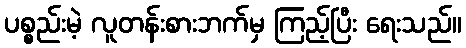
ပစ္စည်းမဲ့ လူတန်းစားဘက်မှ ကြည့်ပြီး ရေးသည်။